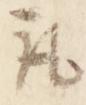
取